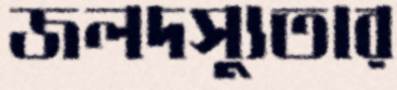
জলদস্যুতার